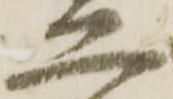
工